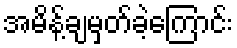
အမိန့်ချမှတ်ခဲ့ကြောင်း